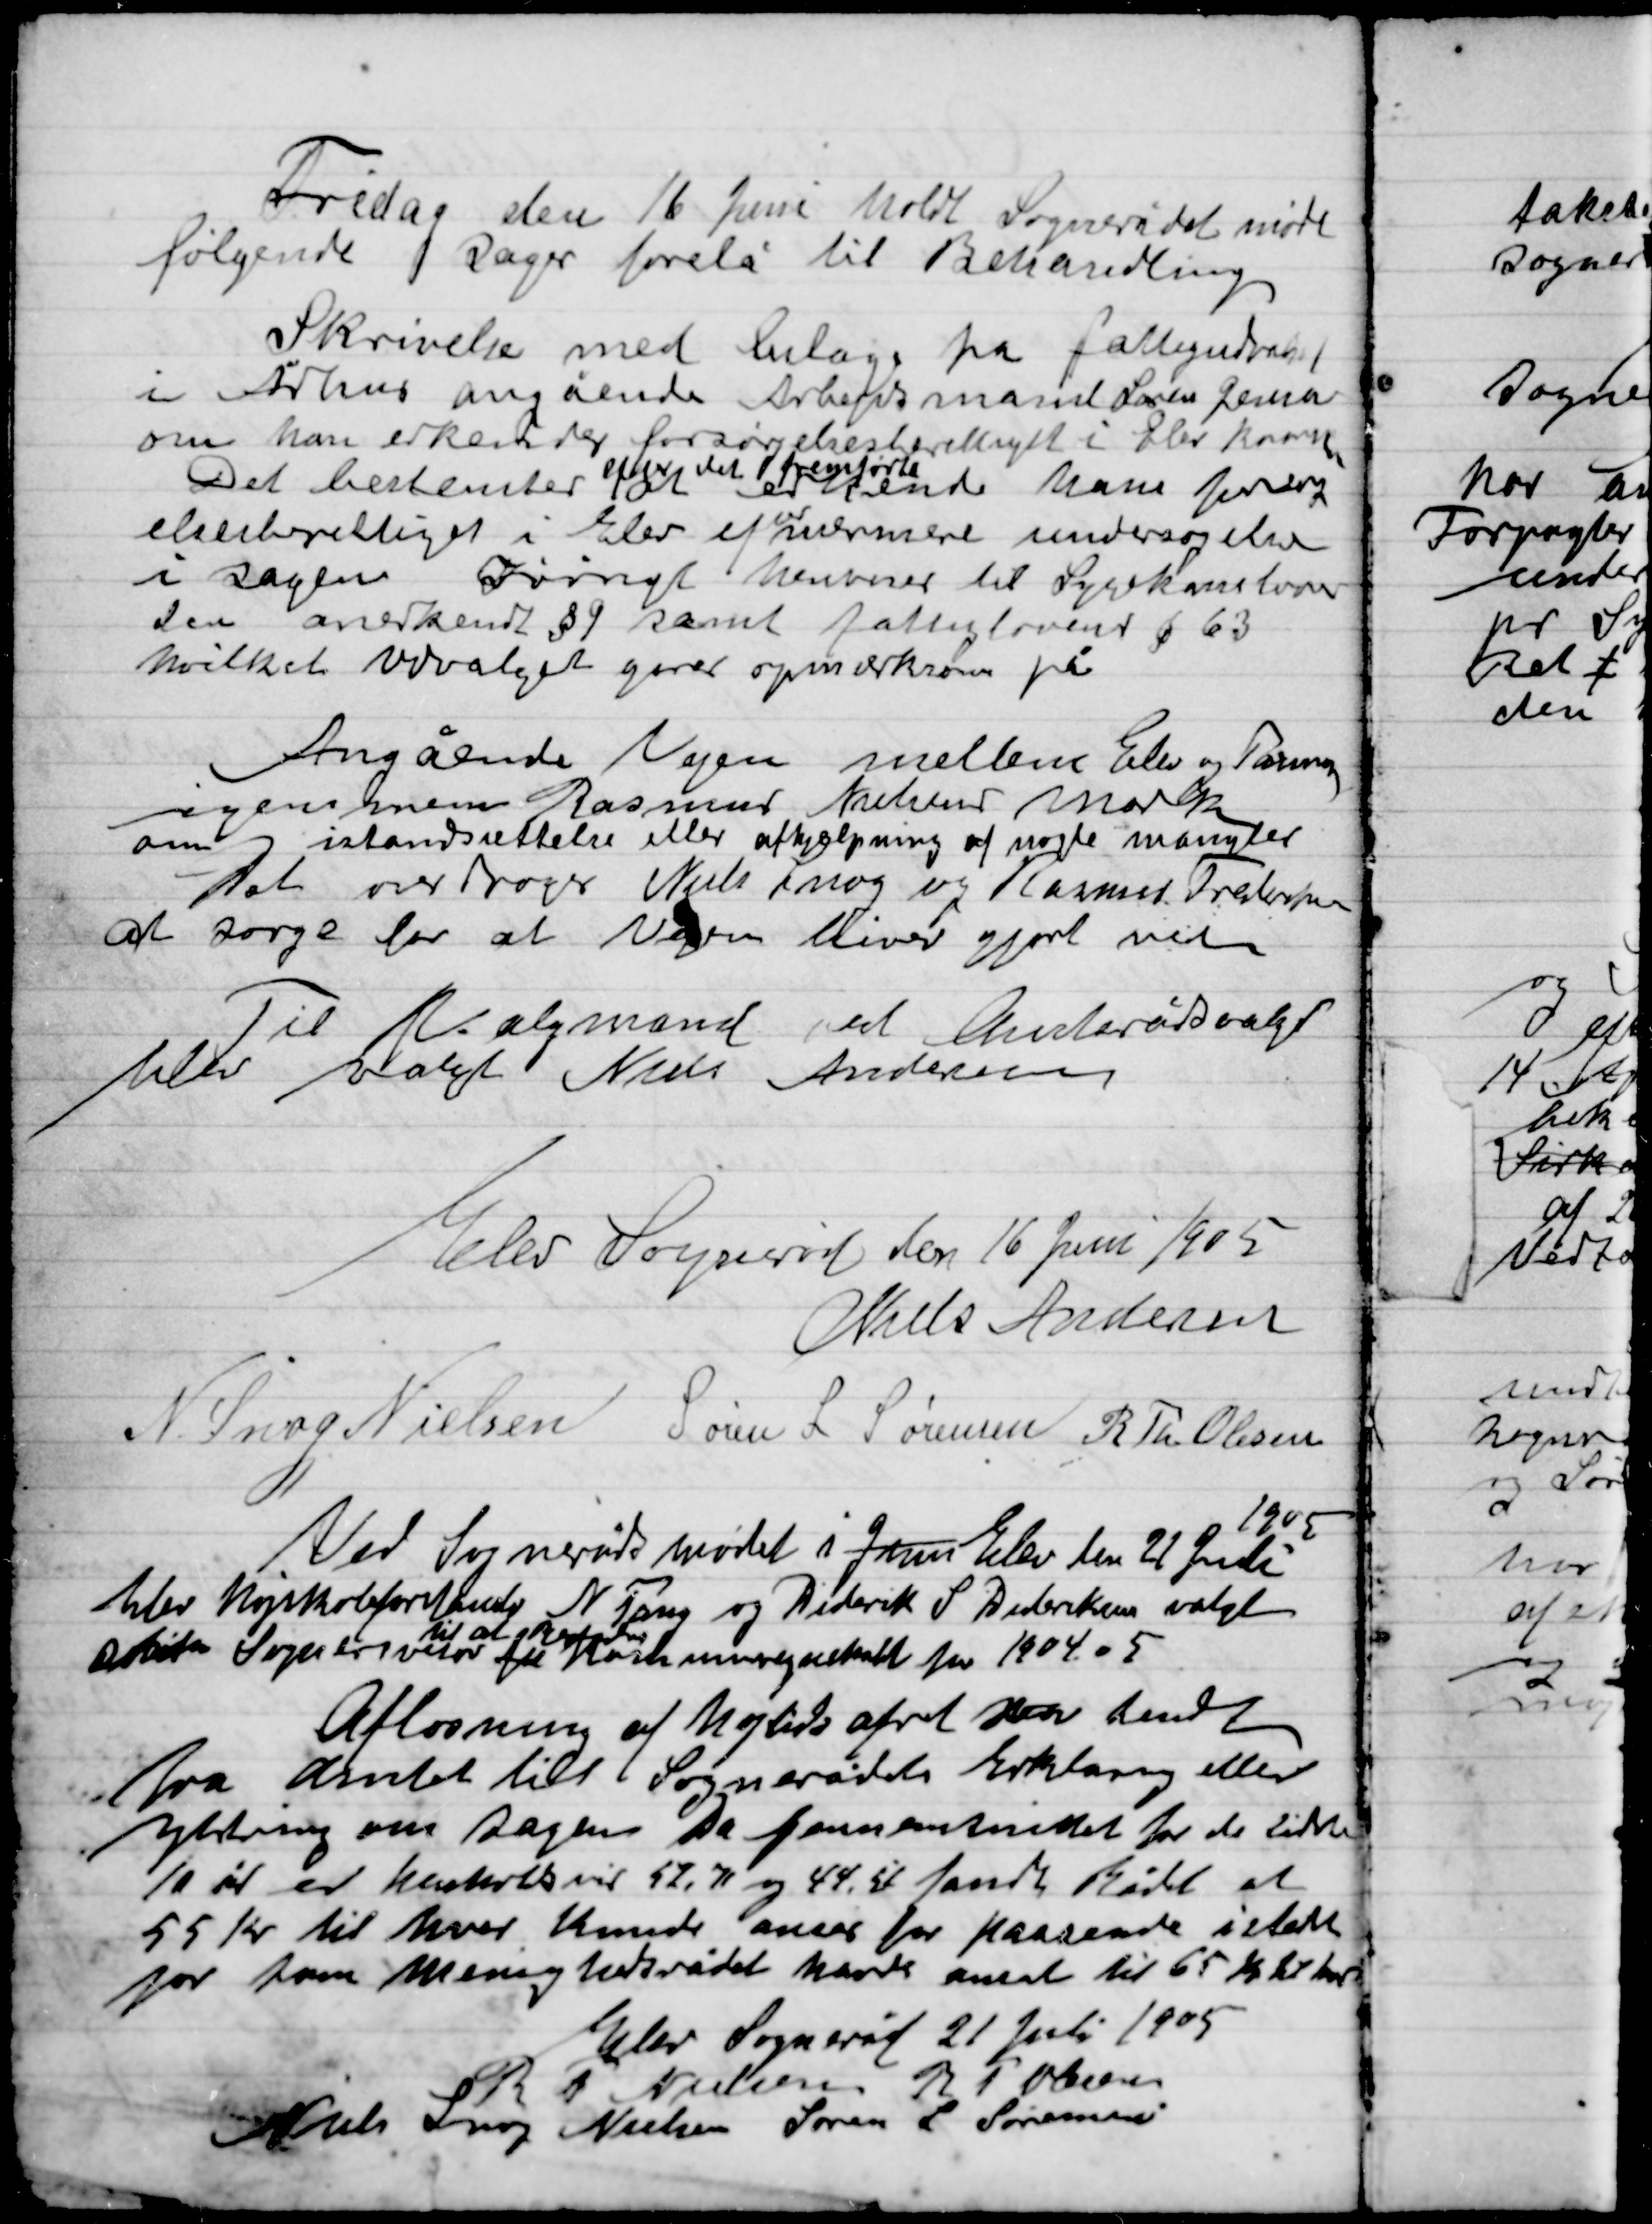
Transskription:
Fredag den 16 juni holdt Sognerådet møde
følgende sager forelå til Behandling.

Skrivelse med  på fattigudvalget
I Århus Angående Arbejdsmand Søren Jensen
Om han erkendes forsørgelsesberettiget i Elev Kommune
Det bestemtes
efter det fremførte at
erkende ham forsørgelses
berettige i Elev efter nærmere undersøgelser
i sagen I øvrigt henvises til sygekasseloven
Den anerkender § 9 samt fattiglovens § 63
hvilket Udvalget gøres opmærksom på.

Angående Vejen mellem Elev og Pannerup
Igennem Rasmus Nielsens mark
om og istandsættelse eller afhjælpning af nogle mangler
Det overdroges Niels Snog og Rasmus Frandsens
At sørge for at Vejen bliver gjort ved

Til Valgmand ved Amtsrådsvalget
blev valgt Niels Andersen

Elev Sogneråd den 16 Juni 1905

Niels Andersen
N. Snog Nielsen
Søren L Sørensen
R. Th. Olsen

Ved Sognerådsmødet i juni Elev den 21 juli
1905
blev Højskoleforstander N. Tang og Diderik S. Dideriksen valgt

til at
for 1904-05
Aflønning af højtids
fra Amtet til Sognerådets erklæring eller
ytring om sagen da gennemsnittet for de sidste
10 år er henholdsvis 52,71 og 44,51 fandt Rådet at
55 Kr. til hver kunde anses for passende i stedet
for ham menighedsrådet havde ansat til 65 Kr. til hver

Elev Sogneråd den 21 Juli 1905
R. T. Nielsen
R. Th. Olsen
Niels Snog Nielsen
Søren L. Sørensen